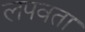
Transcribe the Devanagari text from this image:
लपवता